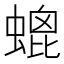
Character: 螕